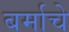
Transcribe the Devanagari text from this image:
बर्माचे